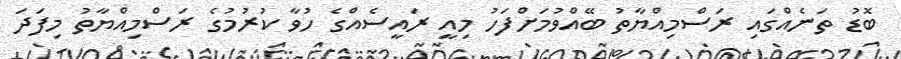
ބޮޑު ތަނެއްގައި ރަސްމިއްޔާތު ބޭއްވުމަށްފަހު މިއީ ރައީސެއްގެ ހުވާ ކުރުމުގެ ރަސްމިއްޔާތު މިފަދަ